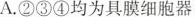
A.②③④均为具膜细胞器